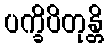
ပက္ခိပိတုန္တိ